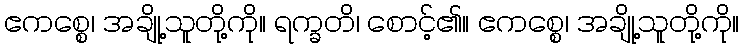
ဧကစ္စေ၊ အချို့သူတို့ကို။ ရက္ခတိ၊ စောင့်၏။ ဧကစ္စေ၊ အချို့သူတို့ကို။